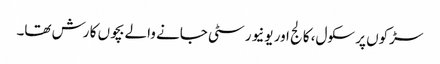
سڑکوں پر سکول، کالج اور یونیورسٹی جانے والے بچوں کا رش تھا۔